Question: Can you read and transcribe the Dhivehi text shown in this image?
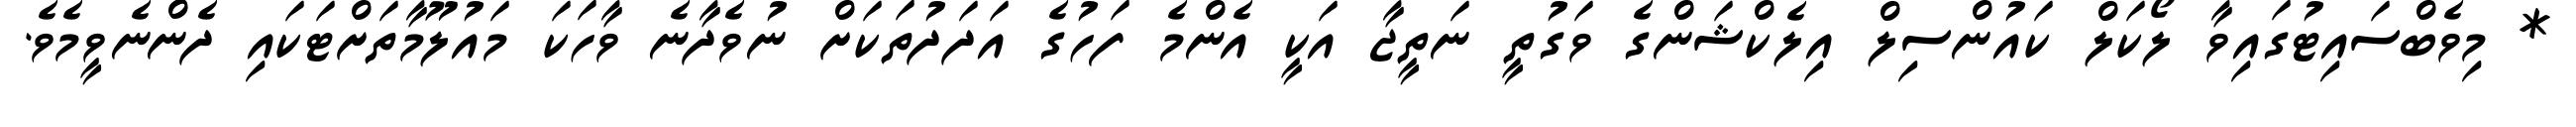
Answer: * މިވެބްސައިޓުގައިވާ ލޯކަލް ކައުންސިލް އިލެކްޝަންގެ ވަގުތީ ނަތީޖާ އަކީ އެންމެ ފަހުގެ އަދަދުތަކަށް ނުވެދާނެ ވާހަކަ މައުލޫމާތަށްޓަކައި ދެންނެވީމެވެ.